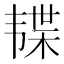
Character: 𱂊